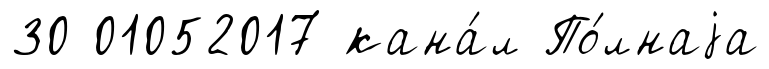
30 01052017 кана́л По́лнаjа